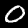
Label: 0